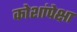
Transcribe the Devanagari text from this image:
कोशांपेक्षा